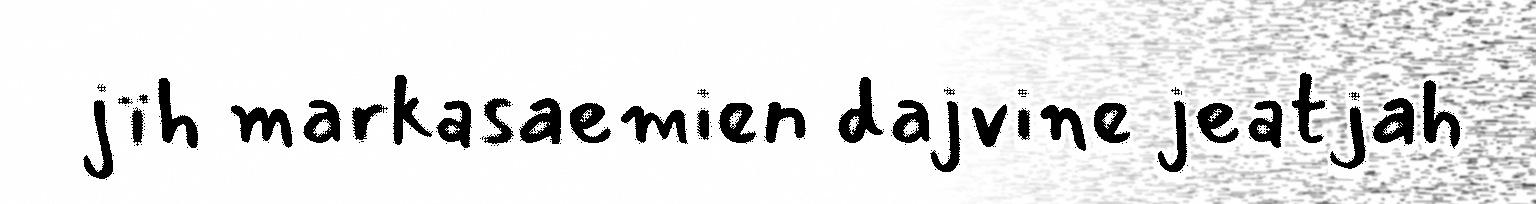
jïh markasaemien dajvine jeatjah